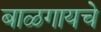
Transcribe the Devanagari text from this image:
बाळगायचे